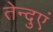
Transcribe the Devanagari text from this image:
तेन्दुएं